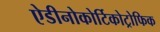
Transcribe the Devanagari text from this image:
ऐडीनोकोर्टिकोट्रोफिक